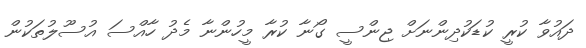
ދައުވާ ކުރީ ކުޑަކުދިންނަށް ޖިންސީ ގޯނާ ކުރާ މީހުންނާ މެދު ހާއްސަ އުސޫލުތަކުން